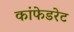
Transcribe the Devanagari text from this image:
कांफेडरेट